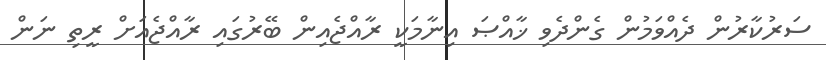
ސަރުކާރުން ދެއްވަމުން ގެންދެވި ޚާއްޞަ އިނާމަކީ ރާއްޖެއިން ބޭރުގައި ރާއްޖެއަށް ރީތި ނަން